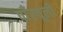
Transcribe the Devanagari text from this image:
पाँरचूली